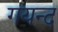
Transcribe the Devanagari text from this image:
गयन्द